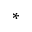
^ *